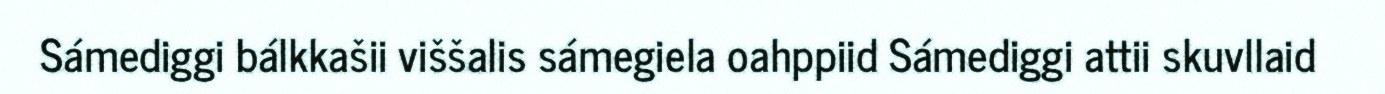
Sámediggi bálkkašii viššalis sámegiela oahppiid Sámediggi attii skuvllaid